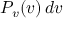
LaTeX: P _ { v } ( v ) \, d v